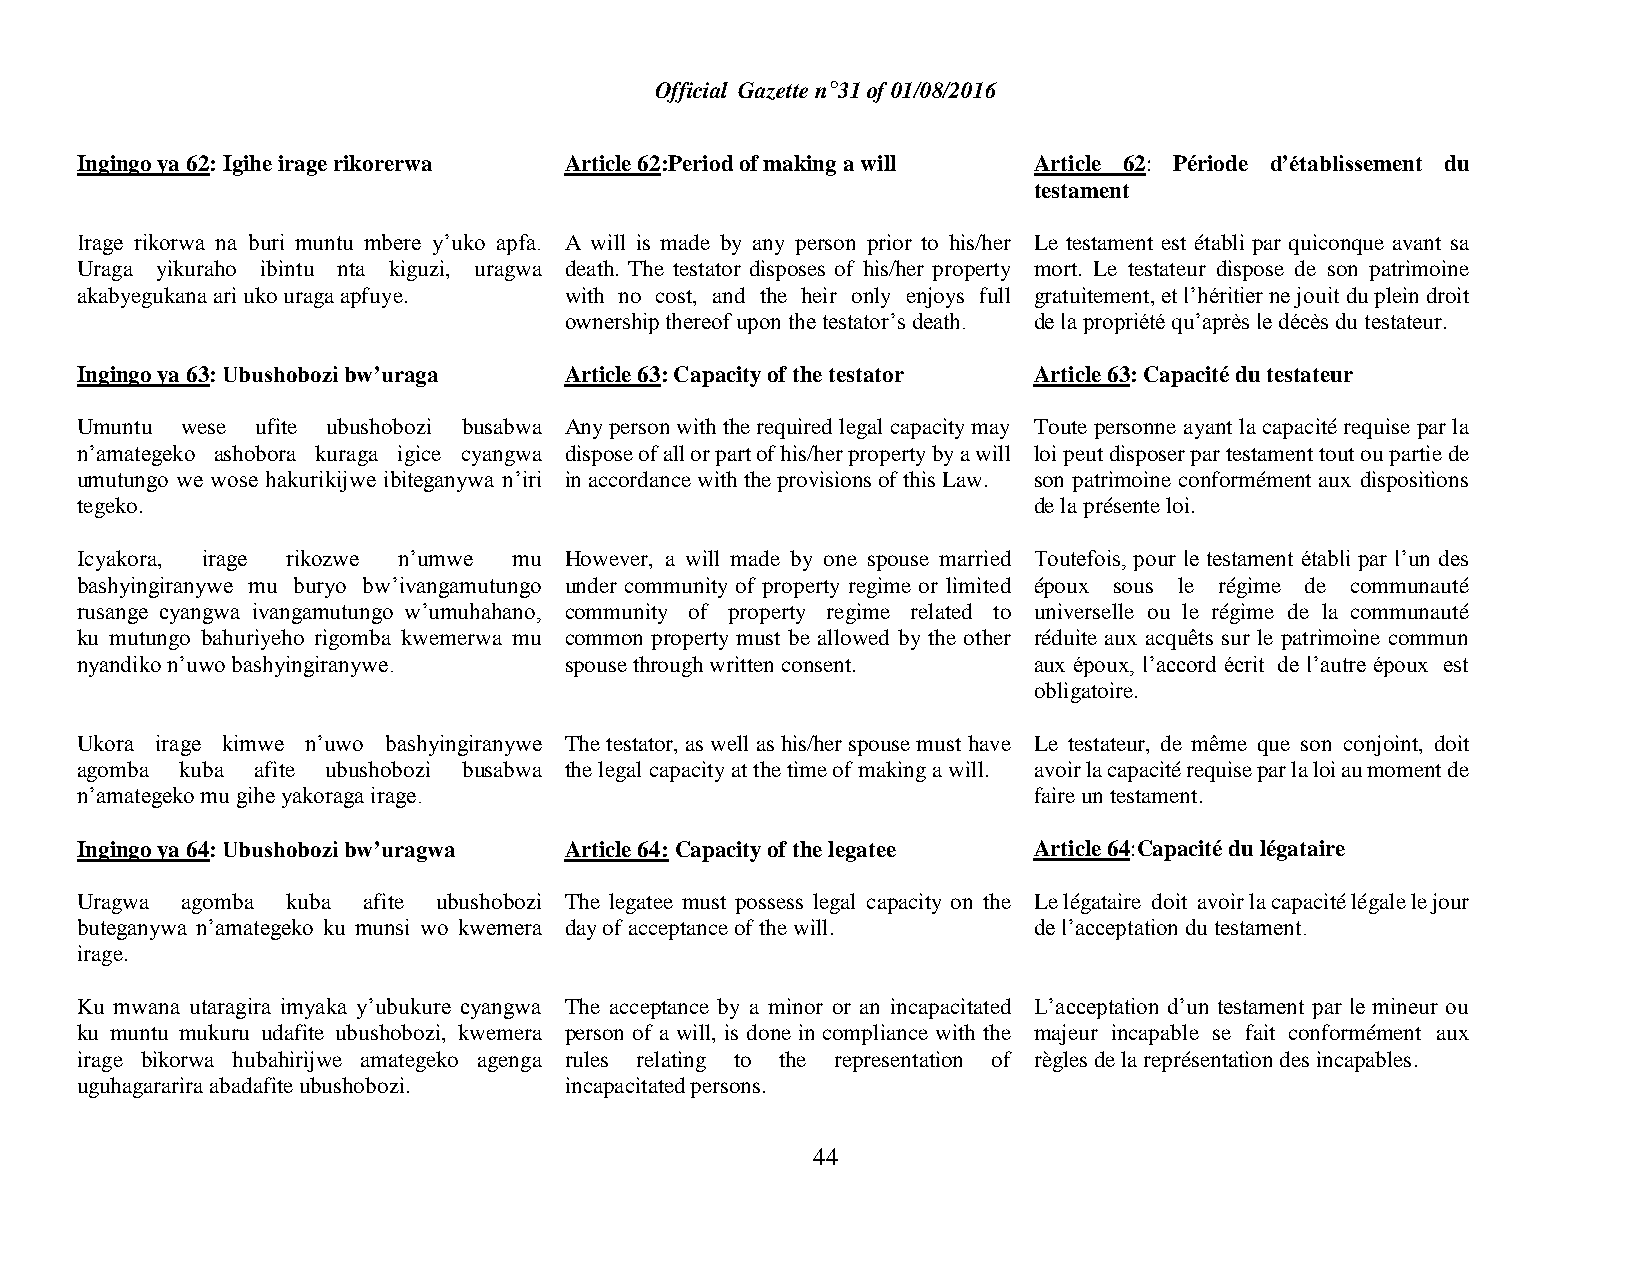
Official Gazette n°31 of 01/08/2016
 Ingingo ya 62: Igihe irage rikorerwa Article 62:Period of making a will Article 62: Période d’établissement du
 testament
 Irage rikorwa na buri muntu mbere y’uko apfa. A will is made by any person prior to his/her Le testament est établi par quiconque avant sa
 Uraga yikuraho ibintu nta kiguzi, uragwa death. The testator disposes of his/her property mort. Le testateur dispose de son patrimoine
 akabyegukana ari uko uraga apfuye. with no cost, and the heir only enjoys full gratuitement, et l’héritier ne jouit du plein droit
 ownership thereof upon the testator’s death. de la propriété qu’après le décès du testateur.
 Ingingo ya 63: Ubushobozi bw’uraga Article 63: Capacity of the testator Article 63: Capacité du testateur
 Umuntu wese ufite ubushobozi busabwa Any person with the required legal capacity may Toute personne ayant la capacité requise par la
 n’amategeko ashobora kuraga igice cyangwa dispose of all or part of his/her property by a will loi peut disposer par testament tout ou partie de
 umutungo we wose hakurikijwe ibiteganywa n’iri in accordance with the provisions of this Law. son patrimoine conformément aux dispositions
 tegeko.                                                        de la présente loi.
 Icyakora, irage rikozwe n’umwe mu However, a will made by one spouse married Toutefois, pour le testament établi par l’un des
 bashyingiranywe mu buryo bw’ivangamutungo under community of property regime or limited époux sous le régime de communauté
 rusange cyangwa ivangamutungo w’umuhahano, community of property regime related to universelle ou le régime de la communauté
 ku mutungo bahuriyeho rigomba kwemerwa mu common property must be allowed by the other réduite aux acquêts sur le patrimoine commun
 nyandiko n’uwo bashyingiranywe. spouse through written consent. aux époux, l’accord écrit de l’autre époux est
 obligatoire.
 Ukora irage kimwe n’uwo bashyingiranywe The testator, as well as his/her spouse must have Le testateur, de même que son conjoint, doit
 agomba kuba afite ubushobozi busabwa the legal capacity at the time of making a will. avoir la capacité requise par la loi au moment de
 n’amategeko mu gihe yakoraga irage.                            faire un testament.
 Ingingo ya 64: Ubushobozi bw’uragwa Article 64: Capacity of the legatee Article 64:Capacité du légataire
 Uragwa agomba kuba afite ubushobozi The legatee must possess legal capacity on the Le légataire doit avoir la capacité légale le jour
 buteganywa n’amategeko ku munsi wo kwemera day of acceptance of the will. de l’acceptation du testament.
 irage.
 Ku mwana utaragira imyaka y’ubukure cyangwa The acceptance by a minor or an incapacitated L’acceptation d’un testament par le mineur ou
 ku muntu mukuru udafite ubushobozi, kwemera person of a will, is done in compliance with the majeur incapable se fait conformément aux
 irage bikorwa hubahirijwe amategeko agenga rules relating to the representation of règles de la représentation des incapables.
 uguhagararira abadafite ubushobozi. incapacitated persons.
 44